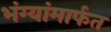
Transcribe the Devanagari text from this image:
भंग्यांमार्फत